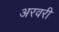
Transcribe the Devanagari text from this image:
अरवरी